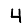
Digit: 4